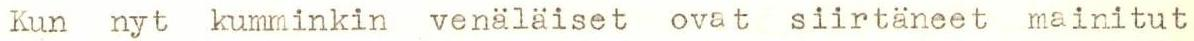
Kun nyt kumminkin venäläiset ovat siirtäneet mainitut